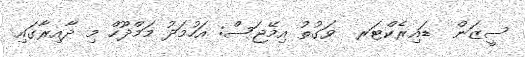
ސީޒަން  ޑައިރެކްޓަރ  ވަގުތު އިމޭޖަސް: އަހުމަދު މަމްދޫހް މި ދާއިރާގައި